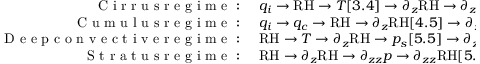
\begin{array} { r l } { \mathrm { ~ C ~ i ~ r ~ r ~ u ~ s ~ r ~ e ~ g ~ i ~ m ~ e ~ : ~ } } & { { } q _ { i } \rightarrow \mathrm { R H } \rightarrow T [ 3 . 4 ] \rightarrow \partial _ { z } \mathrm { R H } \rightarrow \partial _ { z z } \mathrm { R H } [ 6 . 4 ] } \\ { \mathrm { ~ C ~ u ~ m ~ u ~ l ~ u ~ s ~ r ~ e ~ g ~ i ~ m ~ e ~ : ~ } } & { { } q _ { i } \rightarrow q _ { c } \rightarrow \mathrm { R H } \rightarrow \partial _ { z } \mathrm { R H } [ 4 . 5 ] \rightarrow \partial _ { z z } p [ 5 . 1 ] } \\ { \mathrm { ~ D ~ e ~ e ~ p ~ c ~ o ~ n ~ v ~ e ~ c ~ t ~ i ~ v ~ e ~ r ~ e ~ g ~ i ~ m ~ e ~ : ~ } } & { { } \mathrm { R H } \rightarrow T \rightarrow \partial _ { z } \mathrm { R H } \rightarrow p _ { s } [ 5 . 5 ] \rightarrow \partial _ { z z } \mathrm { R H } [ 5 . 6 ] } \\ { \mathrm { ~ S ~ t ~ r ~ a ~ t ~ u ~ s ~ r ~ e ~ g ~ i ~ m ~ e ~ : ~ } } & { { } \mathrm { R H } \rightarrow \partial _ { z } \mathrm { R H } \rightarrow \partial _ { z z } p \rightarrow \partial _ { z z } \mathrm { R H } [ 5 . 9 ] \rightarrow q _ { c } [ 6 . 3 ] } \end{array}